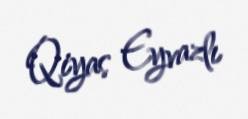
Qiyas Eyvazlı